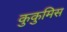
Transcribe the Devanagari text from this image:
कुकुमिस